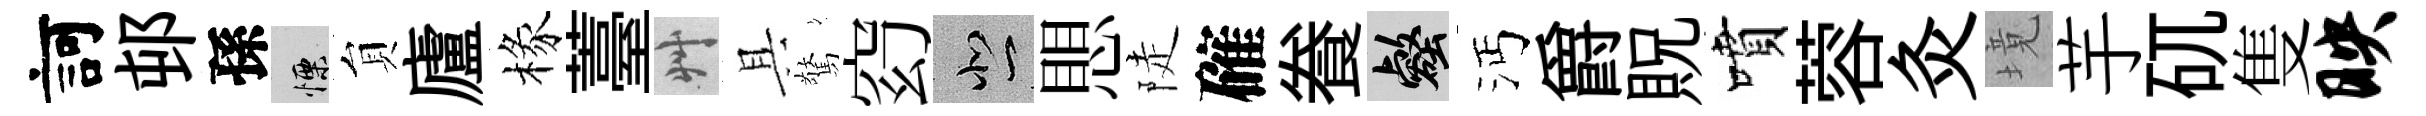
訶邨孫慄貟廬椽薹艸具驚𥥆悲愳陡確飬壑沔爵貺噴蓉灸境芋矹隻映